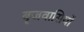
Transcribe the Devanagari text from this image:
बृजवासियों